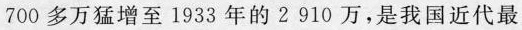
700 多万猛增至 1933 年的 2 910 万，是我国近代最